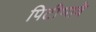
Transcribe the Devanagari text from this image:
पिटीभावे